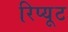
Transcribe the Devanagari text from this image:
रिप्यूट